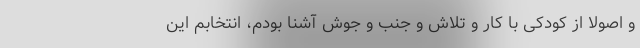
و اصولاً از کودکی با کار و تلاش و جنب و جوش آشنا بودم، انتخابم این